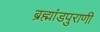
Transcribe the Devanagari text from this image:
ब्रह्मांडपुराणी